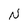
Character: N